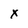
Character: x